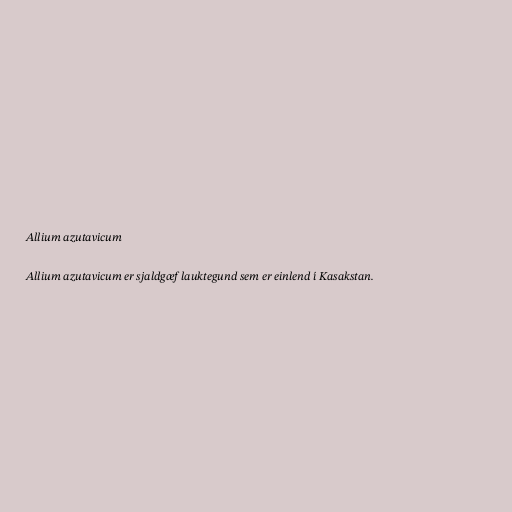
Allium azutavicum

Allium azutavicum er sjaldgæf lauktegund sem er einlend í Kasakstan.